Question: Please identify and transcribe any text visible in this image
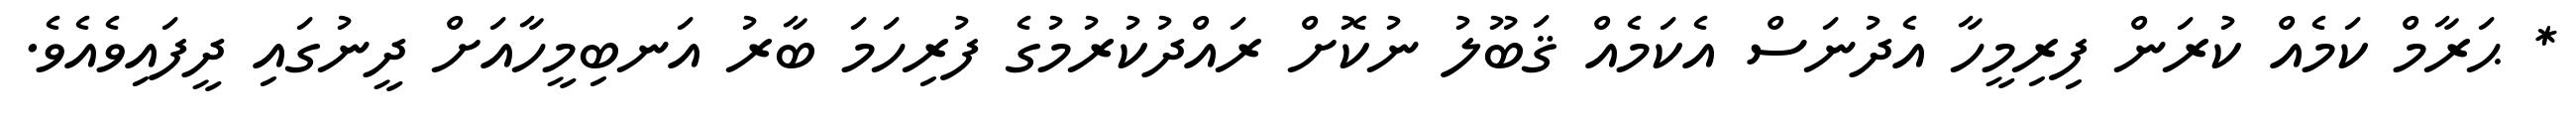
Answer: * ޙަރާމް ކަމެއް ކުރަން ފިރިމީހާ އެދުނަސް އެކަމެއް ޤަބޫލު ނުކޮށް ރައްދުކުރުމުގެ ފުރިހަމަ ބާރު އަނބިމީހާއަށް ދީނުގައި ދީފައިވެއެވެ.